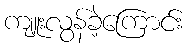
ကျူးလွန်ခဲ့ကြောင်း